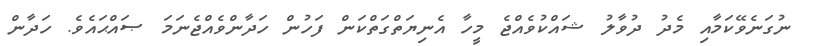
ނުގަނެވޭކަމާއި މެދު ދުވާލު ޝައްކުވެއްޖެ މީހާ އެނިޔަތްގަތްކަން ފަހުން ހަދާންވެއްޖެނަމަ ޞައްޙައެވެ. ހަދާން